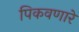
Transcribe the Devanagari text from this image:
पिकवणारे